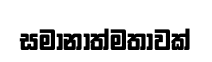
සමානාත්මතාවක්